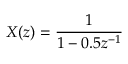
\ X ( z ) = { \frac { 1 } { 1 - 0 . 5 z ^ { - 1 } } }